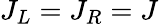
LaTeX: J_{L}=J_{R}=J